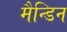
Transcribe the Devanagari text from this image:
मैन्डिन